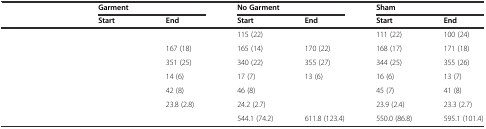
<table><thead><tr><td rowspan="2">[EMPTY_CELL]</td><td colspan="2"><b>Garment</b></td><td colspan="2"><b>No Garment</b></td><td colspan="2"><b>Sham</b></td></tr><tr><td><b>Start</b></td><td><b>End</b></td><td><b>Start</b></td><td><b>End</b></td><td><b>Start</b></td><td><b>End</b></td></tr></thead><tbody><tr><td>[EMPTY_CELL]</td><td>[EMPTY_CELL]</td><td>[EMPTY_CELL]</td><td>115 (22)</td><td>[EMPTY_CELL]</td><td>111 (22)</td><td>100 (24)</td></tr><tr><td>[EMPTY_CELL]</td><td>[EMPTY_CELL]</td><td>167 (18)</td><td>165 (14)</td><td>170 (22)</td><td>168 (17)</td><td>171 (18)</td></tr><tr><td>[EMPTY_CELL]</td><td>[EMPTY_CELL]</td><td>351 (25)</td><td>340 (22)</td><td>355 (27)</td><td>344 (25)</td><td>355 (26)</td></tr><tr><td>[EMPTY_CELL]</td><td>[EMPTY_CELL]</td><td>14 (6)</td><td>17 (7)</td><td>13 (6)</td><td>16 (6)</td><td>13 (7)</td></tr><tr><td>[EMPTY_CELL]</td><td>[EMPTY_CELL]</td><td>42 (8)</td><td>46 (8)</td><td>[EMPTY_CELL]</td><td>45 (7)</td><td>41 (8)</td></tr><tr><td>[EMPTY_CELL]</td><td>[EMPTY_CELL]</td><td>23.8 (2.8)</td><td>24.2 (2.7)</td><td>[EMPTY_CELL]</td><td>23.9 (2.4)</td><td>23.3 (2.7)</td></tr><tr><td>[EMPTY_CELL]</td><td>[EMPTY_CELL]</td><td>[EMPTY_CELL]</td><td>544.1 (74.2)</td><td>611.8 (123.4)</td><td>550.0 (86.8)</td><td>595.1 (101.4)</td></tr></tbody></table>